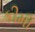
કીમી